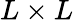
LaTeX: L\times L